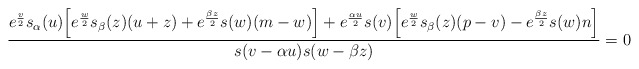
\begin{align*}{ e^{v\over2}s_\alpha(u)\Big[e^{w\over2}s_\beta(z)(u+z)+e^{\beta z\over2}s(w)(m-w)\Big]+e^{\alpha u\over2}s(v)\Big[e^{w\over2}s_\beta(z)(p-v)-e^{\beta z\over2}s(w)n\Big]\over s(v-\alpha u) s(w-\beta z)}=0\end{align*}